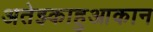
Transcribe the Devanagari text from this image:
अतेझ्काहुआकान